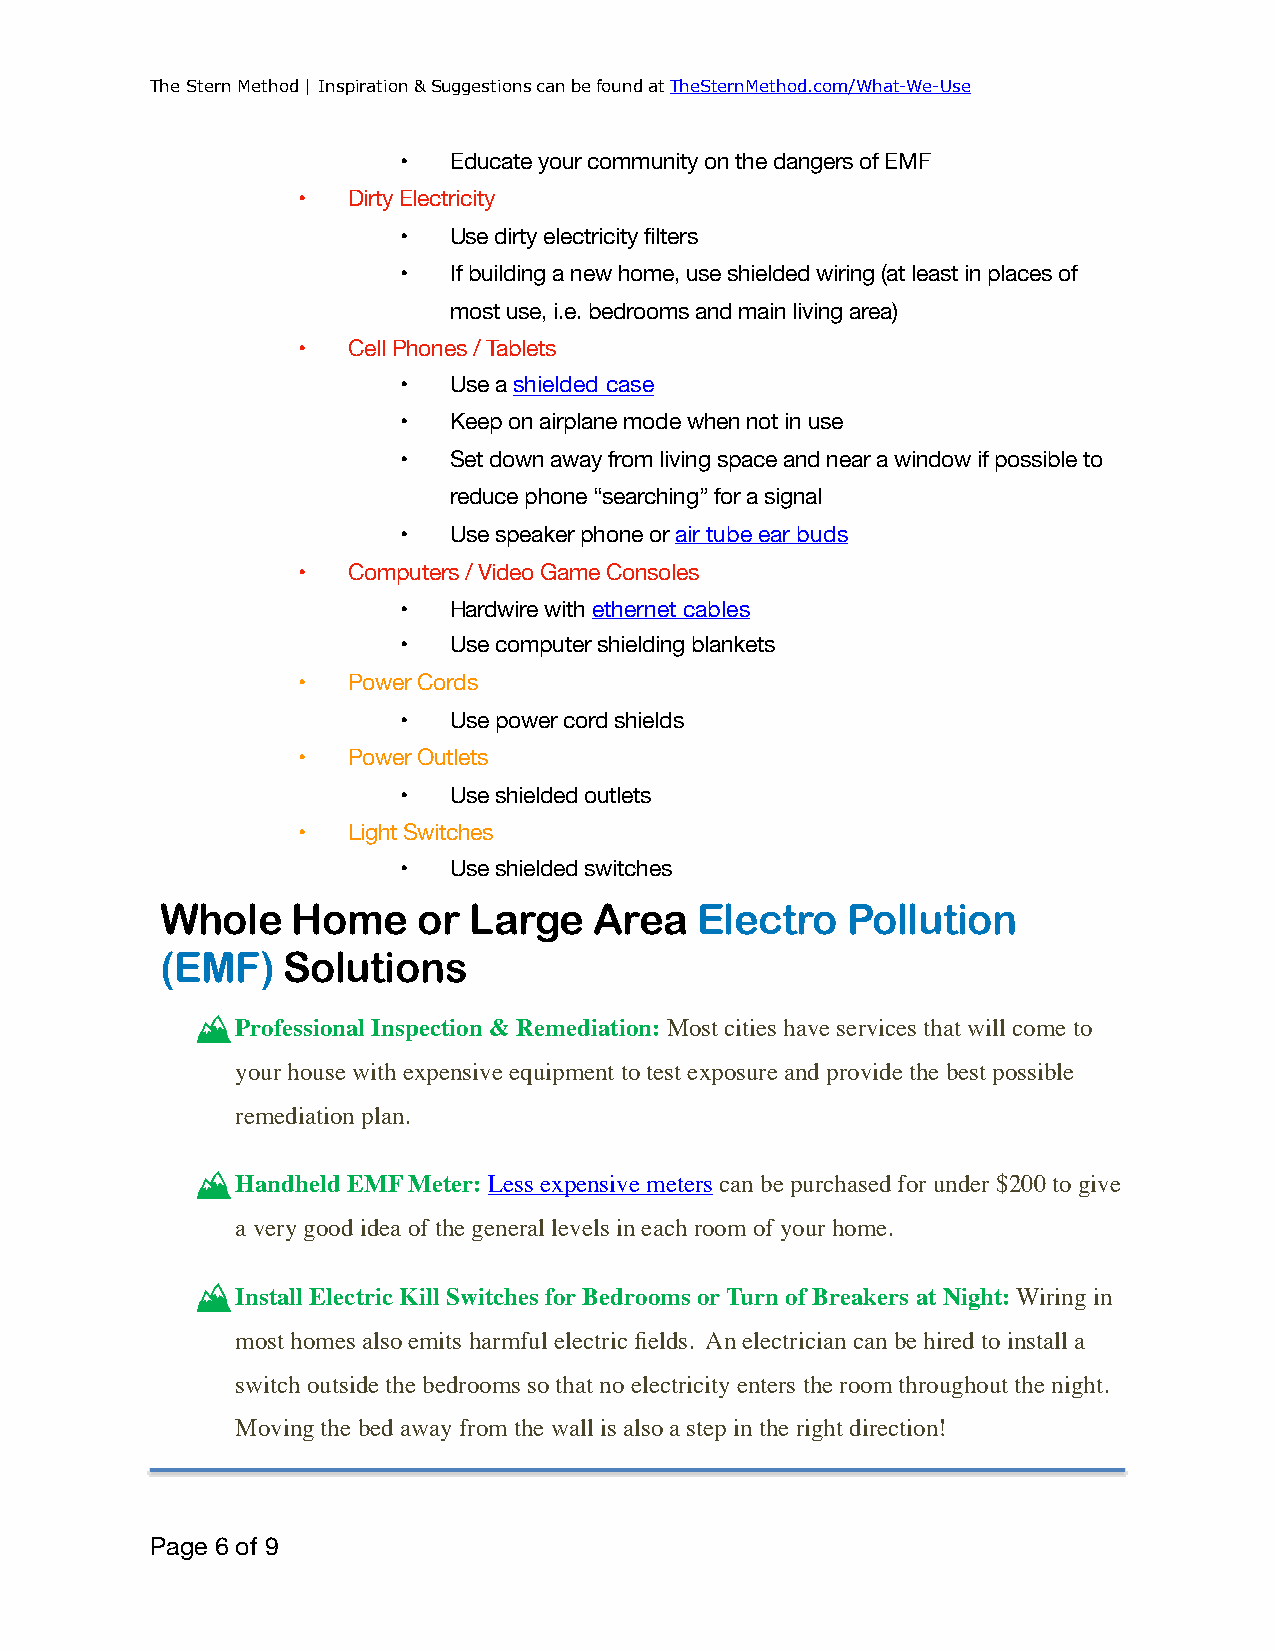
The Stern Method | Inspiration & Suggestions can be found at TheSternMethod.com/What-We-Use
 •   Educate your community on the dangers of EMF
 •  Dirty Electricity
 •   Use dirty electricity filters
 •   If building a new home, use shielded wiring (at least in places of
 most use, i.e. bedrooms and main living area)
 •  Cell Phones / Tablets
 •   Use a shielded case
 •   Keep on airplane mode when not in use
 •   Set down away from living space and near a window if possible to
 reduce phone “searching” for a signal
 •   Use speaker phone or air tube ear buds
 •  Computers / Video Game Consoles
 •   Hardwire with ethernet cables
 •   Use computer shielding blankets
 •  Power Cords
 •   Use power cord shields
 •  Power Outlets
 •   Use shielded outlets
 •  Light Switches
 •   Use shielded switches
 Whole   Home     or Large   Area   Electro   Pollution
 (EMF)   Solutions
 Professional Inspection & Remediation: Most cities have services that will come to
 your house with expensive equipment to test exposure and provide the best possible
 remediation plan.
 Handheld EMF Meter: Less expensive meters can be purchased for under $200 to give
 a very good idea of the general levels in each room of your home.
 Install Electric Kill Switches for Bedrooms or Turn of Breakers at Night: Wiring in
 most homes also emits harmful electric fields. An electrician can be hired to install a
 switch outside the bedrooms so that no electricity enters the room throughout the night.
 Moving the bed away from the wall is also a step in the right direction!
 Page 6 of 9